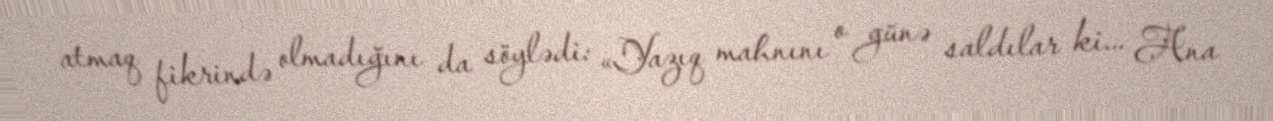
atmaq fikrində olmadığını da söylədi: «Yazıq mahnını o günə saldılar ki... Ana